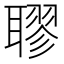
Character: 𦗖